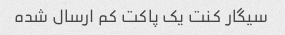
سیگار کنت یک پاکت کم ارسال شده